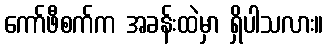
ကော်ဖီစက်က အခန်းထဲမှာ ရှိပါသလား။